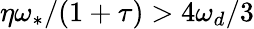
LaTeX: \eta\omega_{\ast}/(1+\tau)>4\omega_{d}/3